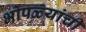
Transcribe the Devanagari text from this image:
भोपळ्यांची